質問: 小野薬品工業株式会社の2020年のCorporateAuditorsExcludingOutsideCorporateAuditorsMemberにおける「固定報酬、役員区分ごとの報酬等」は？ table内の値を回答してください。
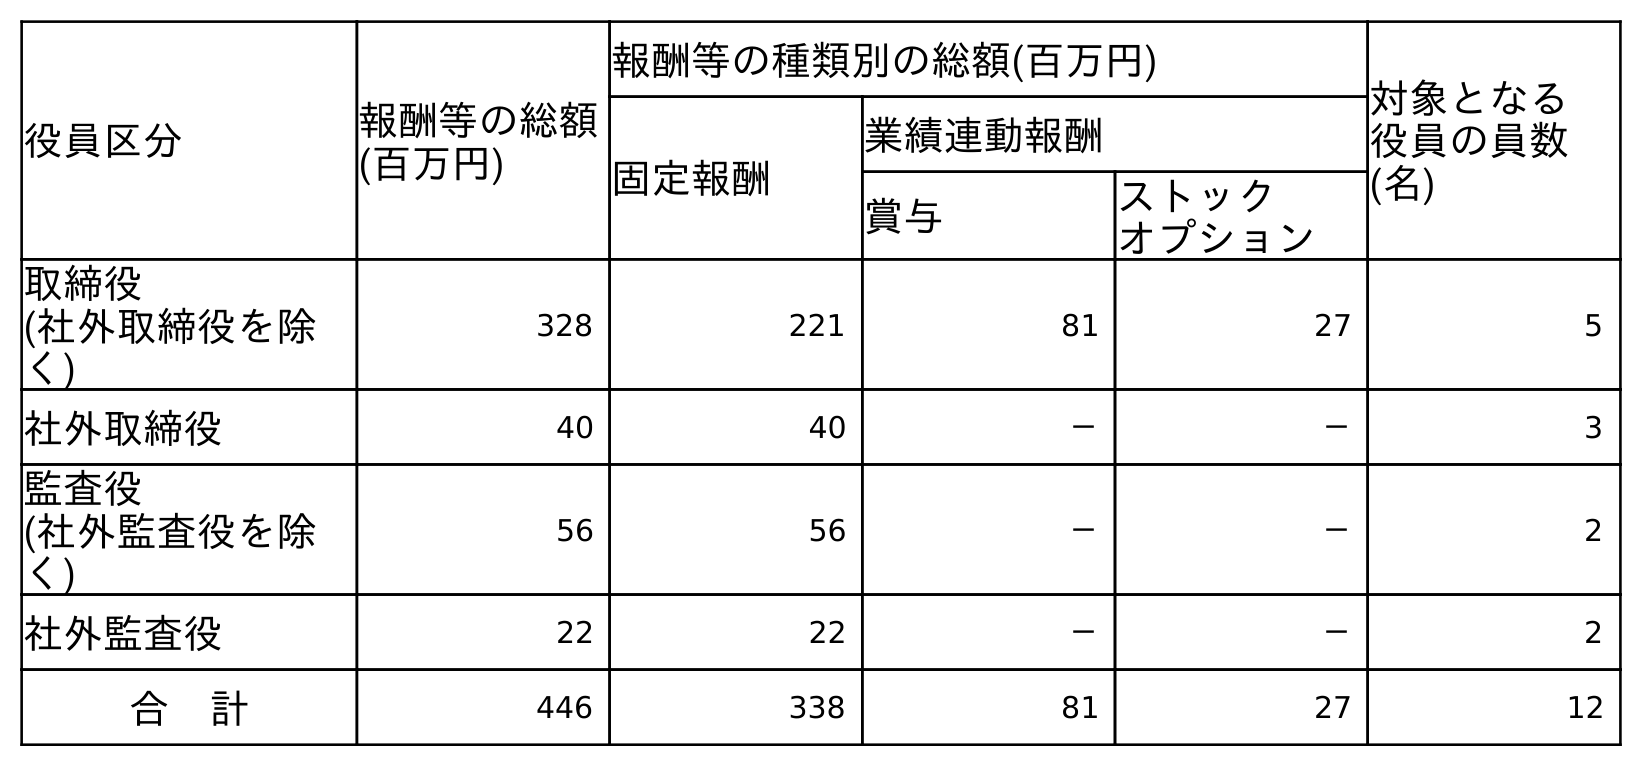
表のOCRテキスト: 役員区分 報酬等の総額 (百万円) 報酬等の種類別の総額(百万円) 対象となる 役員の員数 (名) 固定報酬 業績連動報酬 賞与 ストック オプション 取締役 (社外取締役を除 く) 328 221 81 27 5 社外取締役 40 40 － － 3 監査役 (社外監査役を除 く) 56 56 － － 2 社外監査役 22 22 － － 2 合 計 446 338 81 27 12
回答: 56